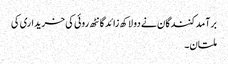
برآمدکنندگان نے دو لاکھ زائد گانٹھ روئی کی خریداری کی
ملتان۔